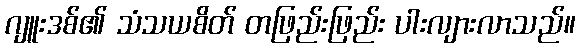
ဂျူးဒစ်၏ သံသယစိတ် တဖြည်းဖြည်း ပါးလျားလာသည်။